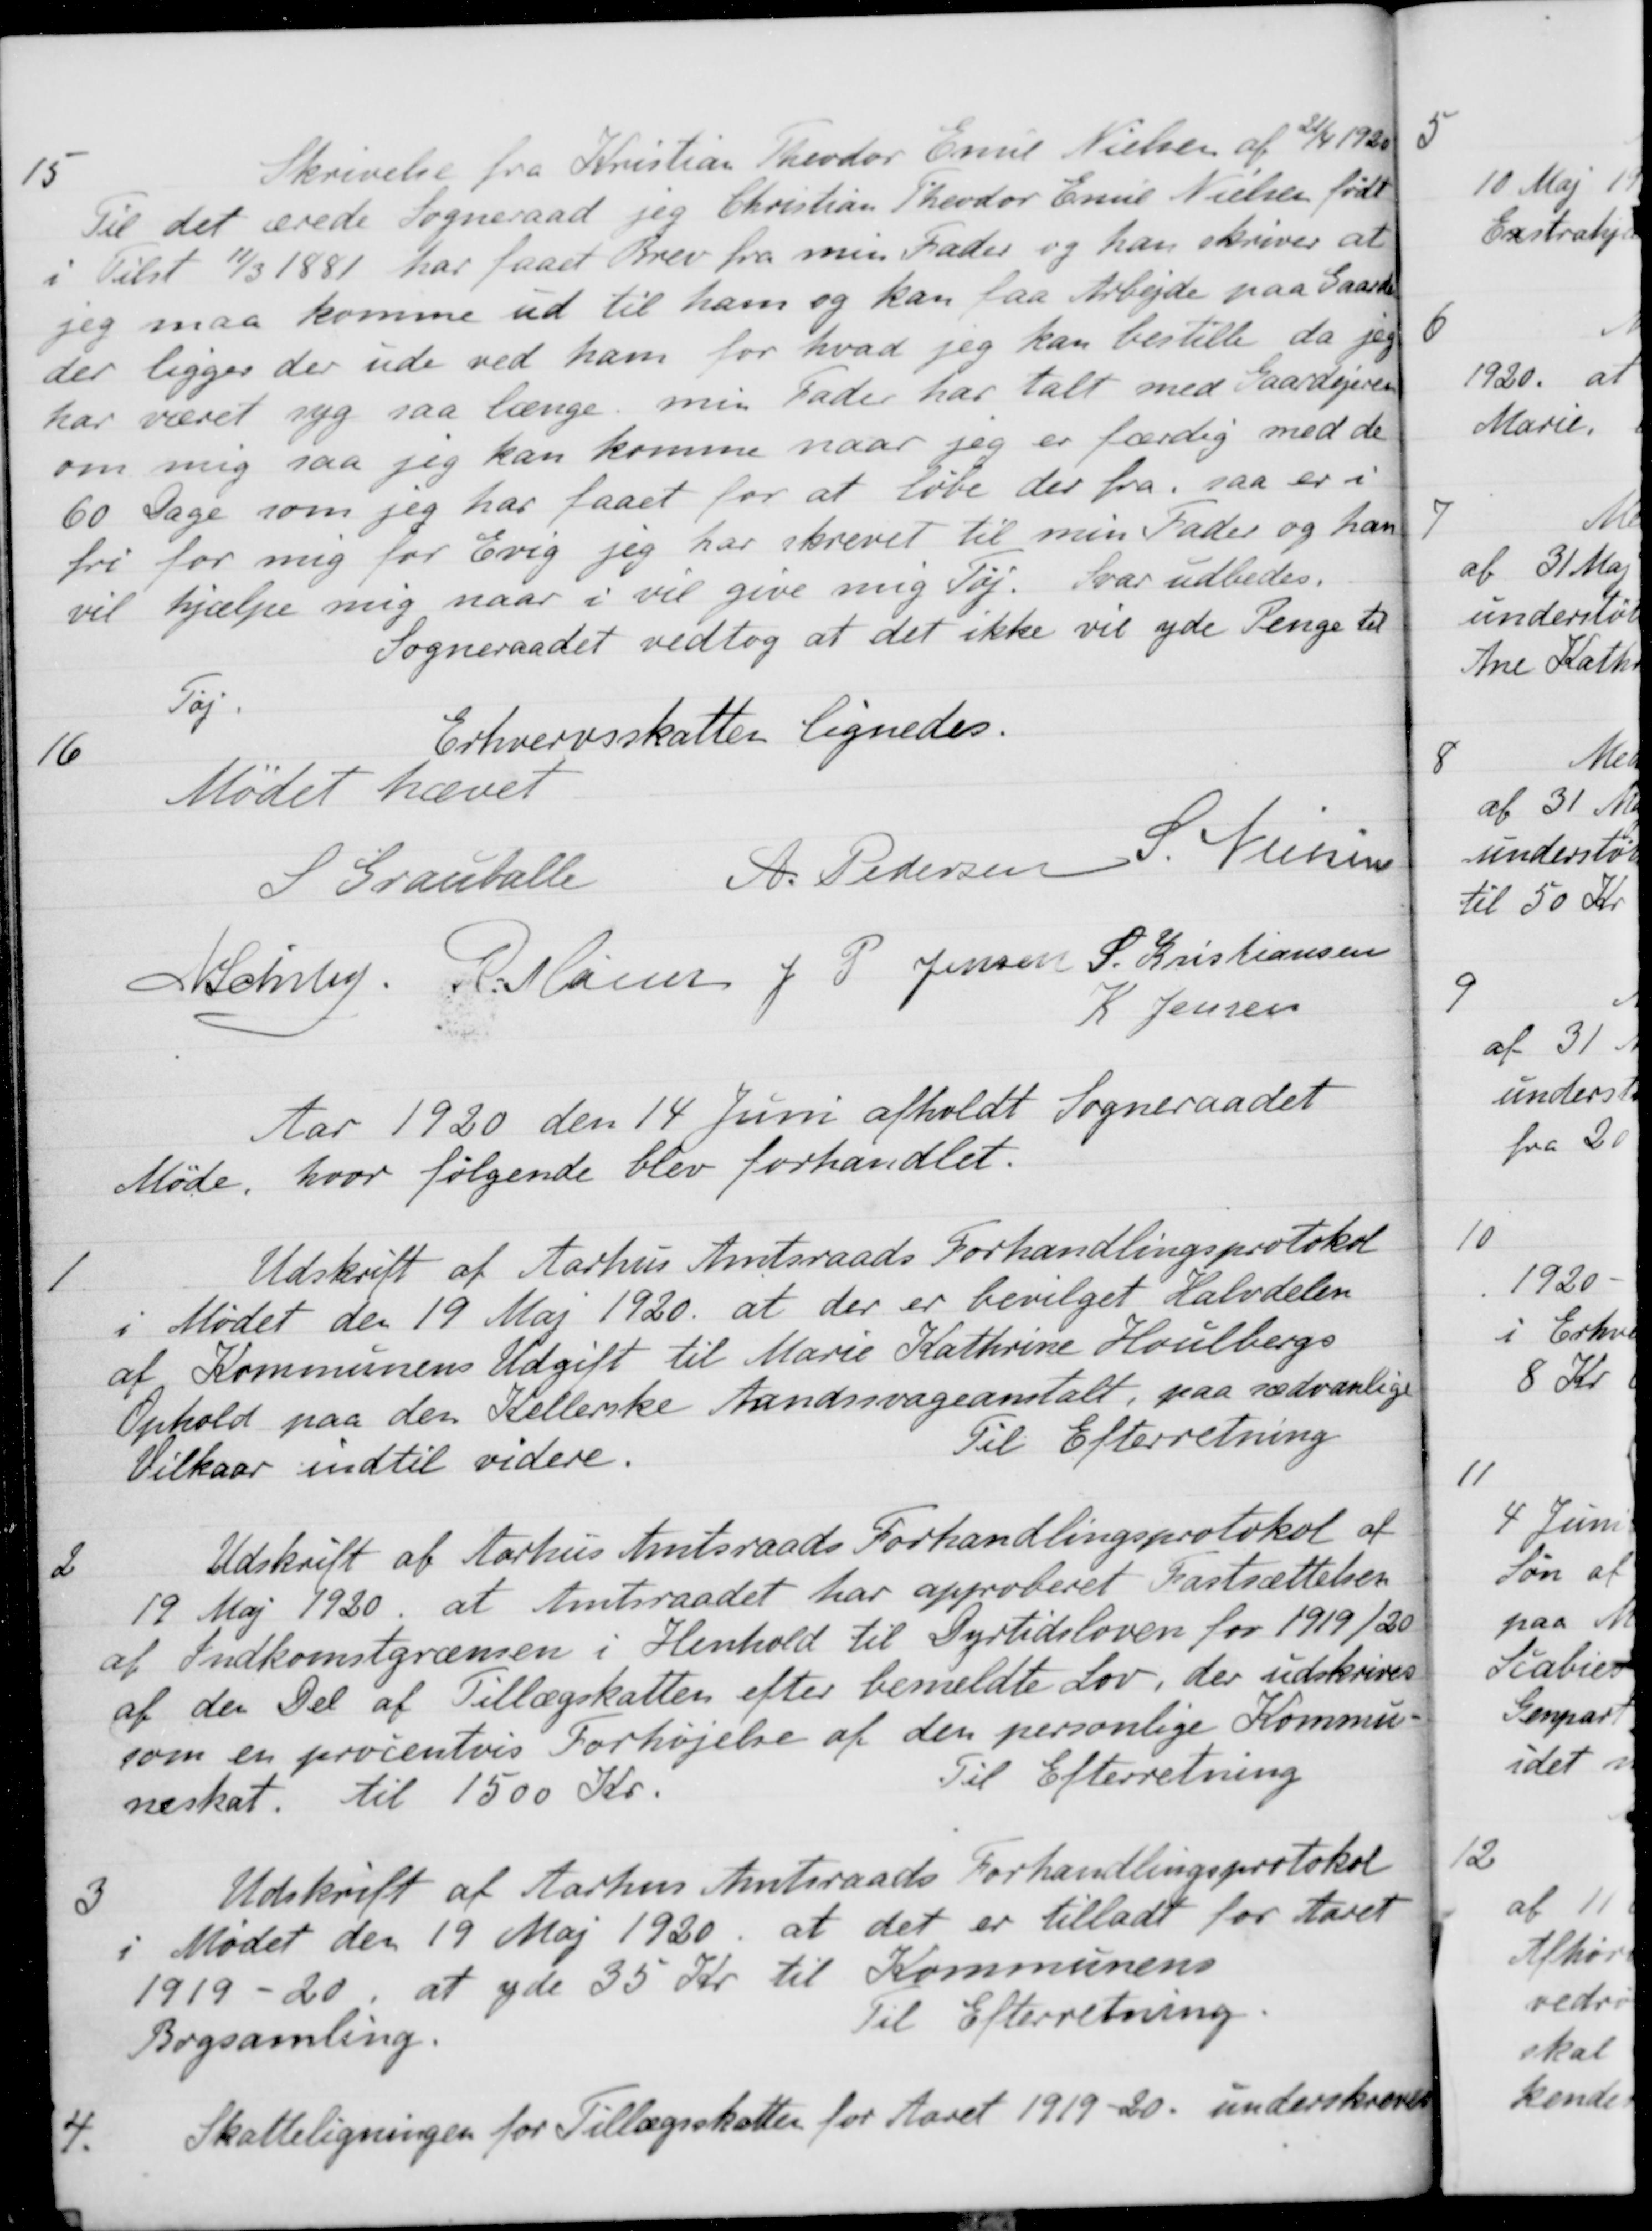
Transskription:
15
Skrivelse fra Kristian Theodor Emil Nielsen af 21/4 1920
Til det ærede Sogneraad jeg Christian Theodor Ennie Nielsen født
i Tilst 11/3 1881 har faaet Brev fra min Fader og han skriver at
jeg maa komme ud til ham og kan faa Arbejde paa Gaarden
der ligger der ude ved ham for hvad jeg kan bestille da jeg
har været syg saa længe min Fader har talt med Gaardejeren
om mig saa jeg kan komme naar jeg er færdig med de
60 Dage som jeg har faaet for at løbe der fra, saa er i
fri for mig for Evig jeg har skrevet til min Fader og han
vil hjælpe mig naar i vil give mig Tøj. Svar udbedes.
Sogneraadet vedtog at det ikke vil yde Penge til
Tøj
16
Erhvervsskatten lignedes.
Mødet hævet
S Grauballe
A. Pedersen
S. Nielsen
A Schiby
R. Møller
J P Jensen
S. Kristiansen
K Jensen
Aar 1920 den 14 Juni afholdt Sogneraadet
Møde,
hvor følgende blev forhandlet.
1
Udskrift af Aarhus Amtsraads Forhandlingsprotokol
i Mødet den 19 Maj 1920 at der er bevilget Halvdelen
af Kommunens Udgift til Marie Kathrine Houlbergs
Ophold paa den Kellerske Aandssvageanstalt, paa sædvanlige
Til Efterretning
Vilkaar indtil videre
2
Udskrift af Aarhus Amtsraads Forhandlingsprotokol af
19 Maj 1920, at Amtsraadet har approberet Fastsættelsen
af Indkomstgrænsen i Henhold til Dyrtidsloven for 1919/20
af den Del af Tillægskatten efter bemeldte Lov, der udskrives
som en procentvis Forhøjelse af den personlige Kommu-
neskat. til 1500 Kr.
Til Efterretning
3
Udskrift af Aarhus Amtsraads Forhandlingsprotokol
i Mødet den 19 Maj 1920, at det er tilladt for Aaret
1919-20, at yde 35 Kr. til Kommunens
Bogsamling.
Til Efterretning
4.
Skatteligningen for Tillægsskatter for Aar 1919-20 underskreves